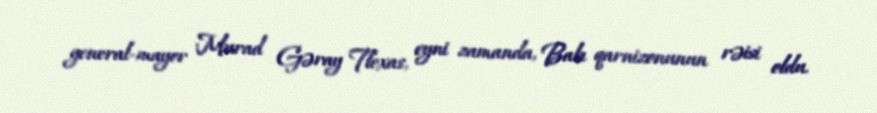
general-mayor Murad Gəray Tlexas, eyni zamanda, Bakı qarnizonunun rəisi oldu.